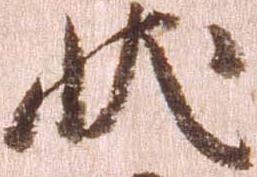
状